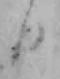
日